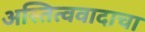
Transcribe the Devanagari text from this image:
अस्तित्ववादाचा